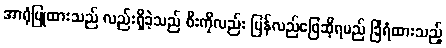
အာရုံပြုထားသည် လည်းရှိခဲ့သည် စီးကိုလည်း ပြန်လည်ဖြေဆိုရမည် ခြံရံထားသည့်